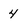
Character: 4